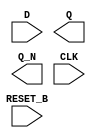
module sky130_fd_sc_ms__dfrbp (
    //# {{data|Data Signals}}
    input  D      ,
    output Q      ,
    output Q_N    ,

    //# {{control|Control Signals}}
    input  RESET_B,

    //# {{clocks|Clocking}}
    input  CLK
);

    // Voltage supply signals
    supply1 VPWR;
    supply0 VGND;
    supply1 VPB ;
    supply0 VNB ;

endmodule